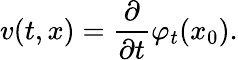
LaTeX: v(t,x)=\frac\partial{\partial t}\varphi_{t}(x_{0}).